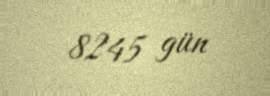
8245 gün